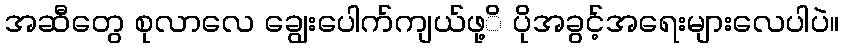
အဆီတွေ စုလာလေ ချွေးပေါက်ကျယ်ဖု့ိ ပိုအခွင့်အရေးများလေပါပဲ။